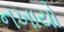
નખાયો